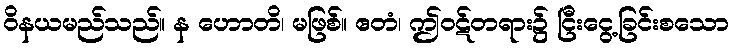
ဝိနယမည်သည်။ န ဟောတိ၊ မဖြစ်။ ဧတံ၊ ဤဝဋ်တရား၌ ငြီးငွေ့ခြင်းစသော